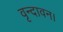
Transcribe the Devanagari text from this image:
वृन्दावन।